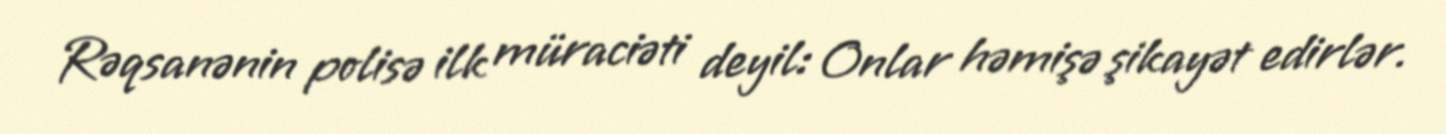
Rəqsanənin polisə ilk müraciəti deyil: Onlar həmişə şikayət edirlər.